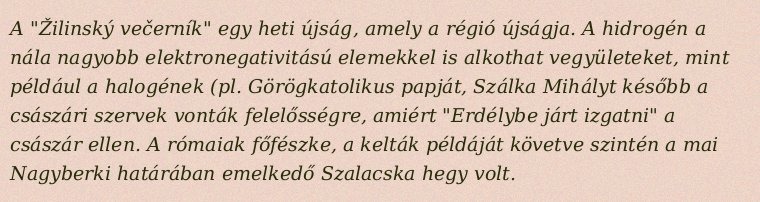
A "Žilinský večerník" egy heti újság, amely a régió újságja. A hidrogén a nála nagyobb elektronegativitású elemekkel is alkothat vegyületeket, mint például a halogének (pl. Görögkatolikus papját, Szálka Mihályt később a császári szervek vonták felelősségre, amiért "Erdélybe járt izgatni" a császár ellen. A rómaiak főfészke, a kelták példáját követve szintén a mai Nagyberki határában emelkedő Szalacska hegy volt.